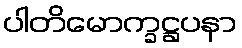
ပါတိမောက္ခဋ္ဌပနာ